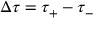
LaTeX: \Delta \tau = \tau _ { + } - \tau _ { - }